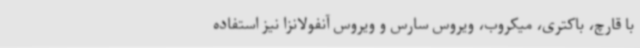
با قارچ، باکتری، میکروب، ویروس سارس و ویروس آنفولانزا نیز استفاده